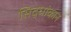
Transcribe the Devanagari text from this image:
सिद्धांकान